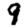
Digit: 9